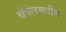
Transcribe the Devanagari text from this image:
चॅपेलमधील